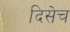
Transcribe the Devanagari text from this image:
दिसेच